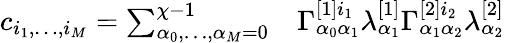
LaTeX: \begin{array}{rl}{c_{i_{1},\dots,i_{M}}=\sum_{\alpha_{0},\dots,\alpha_{M}=0}^{\chi-1}}&{{}\Gamma_{\alpha_{0}\alpha_{1}}^{[1]i_{1}}\lambda_{\alpha_{1}}^{[1]}\Gamma_{\alpha_{1}\alpha_{2}}^{[2]i_{2}}\lambda_{\alpha_{2}}^{[2]}}\end{array}